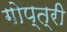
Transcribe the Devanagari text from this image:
गोप्त्री